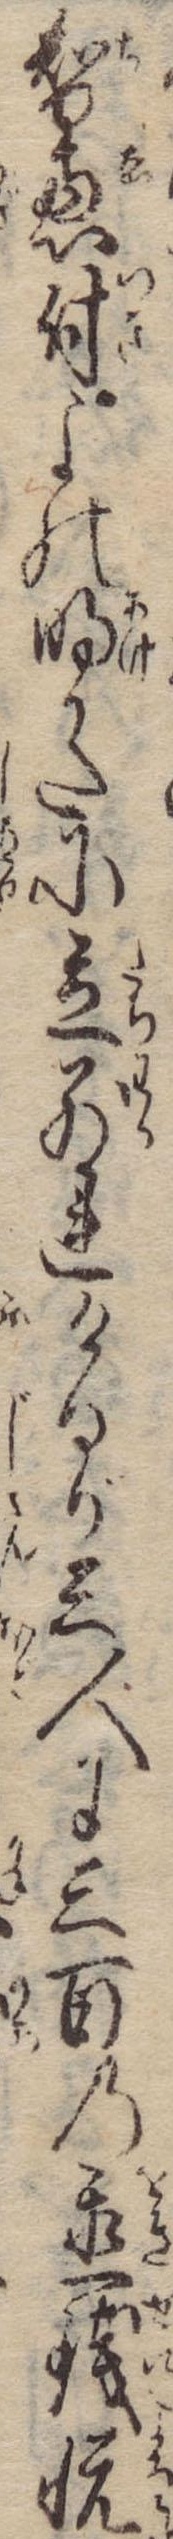
智恵付よの明かたに立別れけるが三人に三百の置銭悦